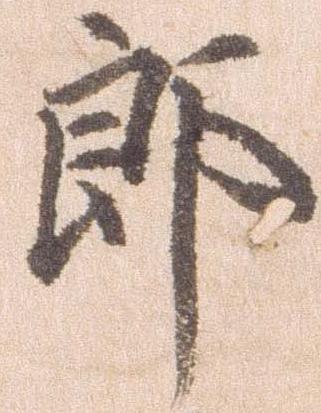
郎